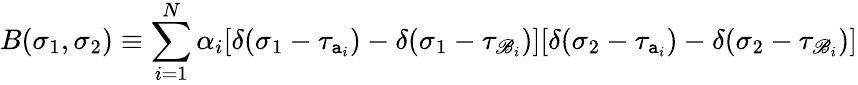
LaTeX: B(\sigma_{1},\sigma_{2})\equiv\sum_{i=1}^{N}\alpha_{i}[\delta(\sigma_{1}-\tau_{\mathtt{a}_{i}})-\delta(\sigma_{1}-\tau_{\mathscr{B}_{i}})][\delta(\sigma_{2}-\tau_{\mathtt{a}_{i}})-\delta(\sigma_{2}-\tau_{\mathscr{B}_{i}})]